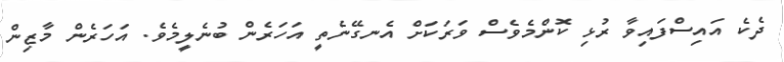
ދެކެ އައިސްފައިވާ ރުޅި ކޮންމެވެސް ވަރަކަށް އެނގޭނެތީ އަހަރެން ބުނެލީމެވެ. އަހަރެން މާޒިން